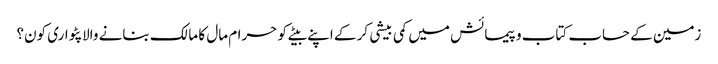
زمین کے حساب کتاب و پیمائش میں کمی بیشی کر کے اپنے بیٹے کو حرام مال کا مالک بنانے والا پٹواری کون؟